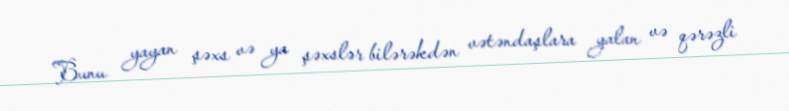
Bunu yayan şəxs və ya şəxslər bilərəkdən vətəndaşlara yalan və qərəzli